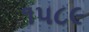
૧૫૮૯